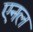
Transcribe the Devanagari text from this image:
एनल